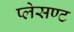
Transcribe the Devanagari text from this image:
प्लेसण्ट